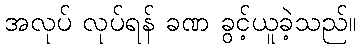
အလုပ် လုပ်ရန် ခဏ ခွင့်ယူခဲ့သည်။